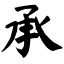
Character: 承